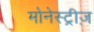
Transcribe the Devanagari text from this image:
मोनेस्ट्रीज़